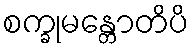
စက္ခုမန္တောတိပိ